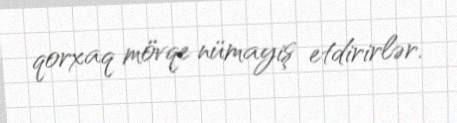
qorxaq mövqe nümayiş etdirirlər.